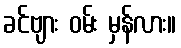
ခင်ဗျား ဝမ်း မှန်လား။